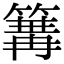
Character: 𥱏